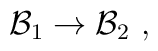
{\cal B}_1 \rightarrow  {\cal B}_2 \ ,